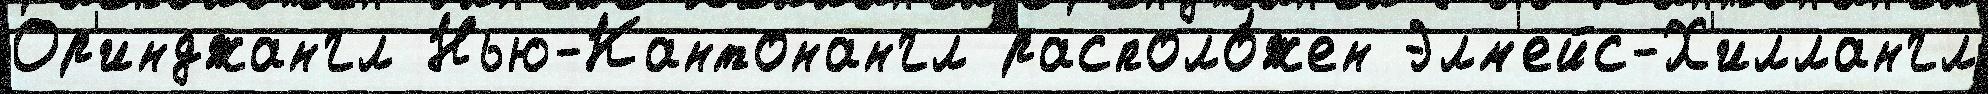
Ор'инджангл Нью-Кантонангл располо́жен Элм'ейс-Х'иллангл